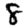
Digit: 8